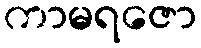
ကာမရဇော